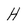
Character: H